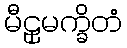
မီဠှမက္ခိတံ